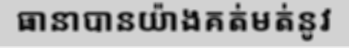
ធានាបានយ៉ាងគត់មត់នូវ